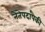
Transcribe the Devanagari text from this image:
नेतेपदांपैकी